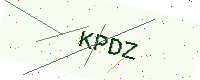
Text: KPDZ